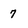
Character: 7